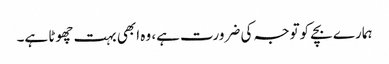
ہمارے بچے کوتوجہ کی ضرورت ہے، وہ ابھی بہت چھوٹا ہے۔